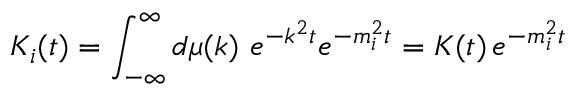
K _ { i } ( t ) = \int _ { - \infty } ^ { \infty } d \mu ( k ) \, \, e ^ { - k ^ { 2 } t } e ^ { - m _ { i } ^ { 2 } t } = K ( t ) \, e ^ { - m _ { i } ^ { 2 } t }